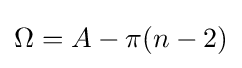
\Omega =A-\pi (n-2)